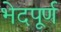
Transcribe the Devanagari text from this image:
भेदपूर्ण